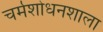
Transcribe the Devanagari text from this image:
चर्मशोधनशाला